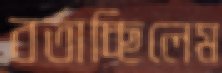
বর্তাচ্ছিলেম